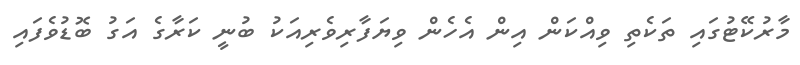
މާރުކޭޓުގައި ތަކެތި ވިއްކަން އިން އެހެން ވިޔަފާރިވެރިއަކު ބުނީ ކަރާގެ އަގު ބޮޑުވެފައި